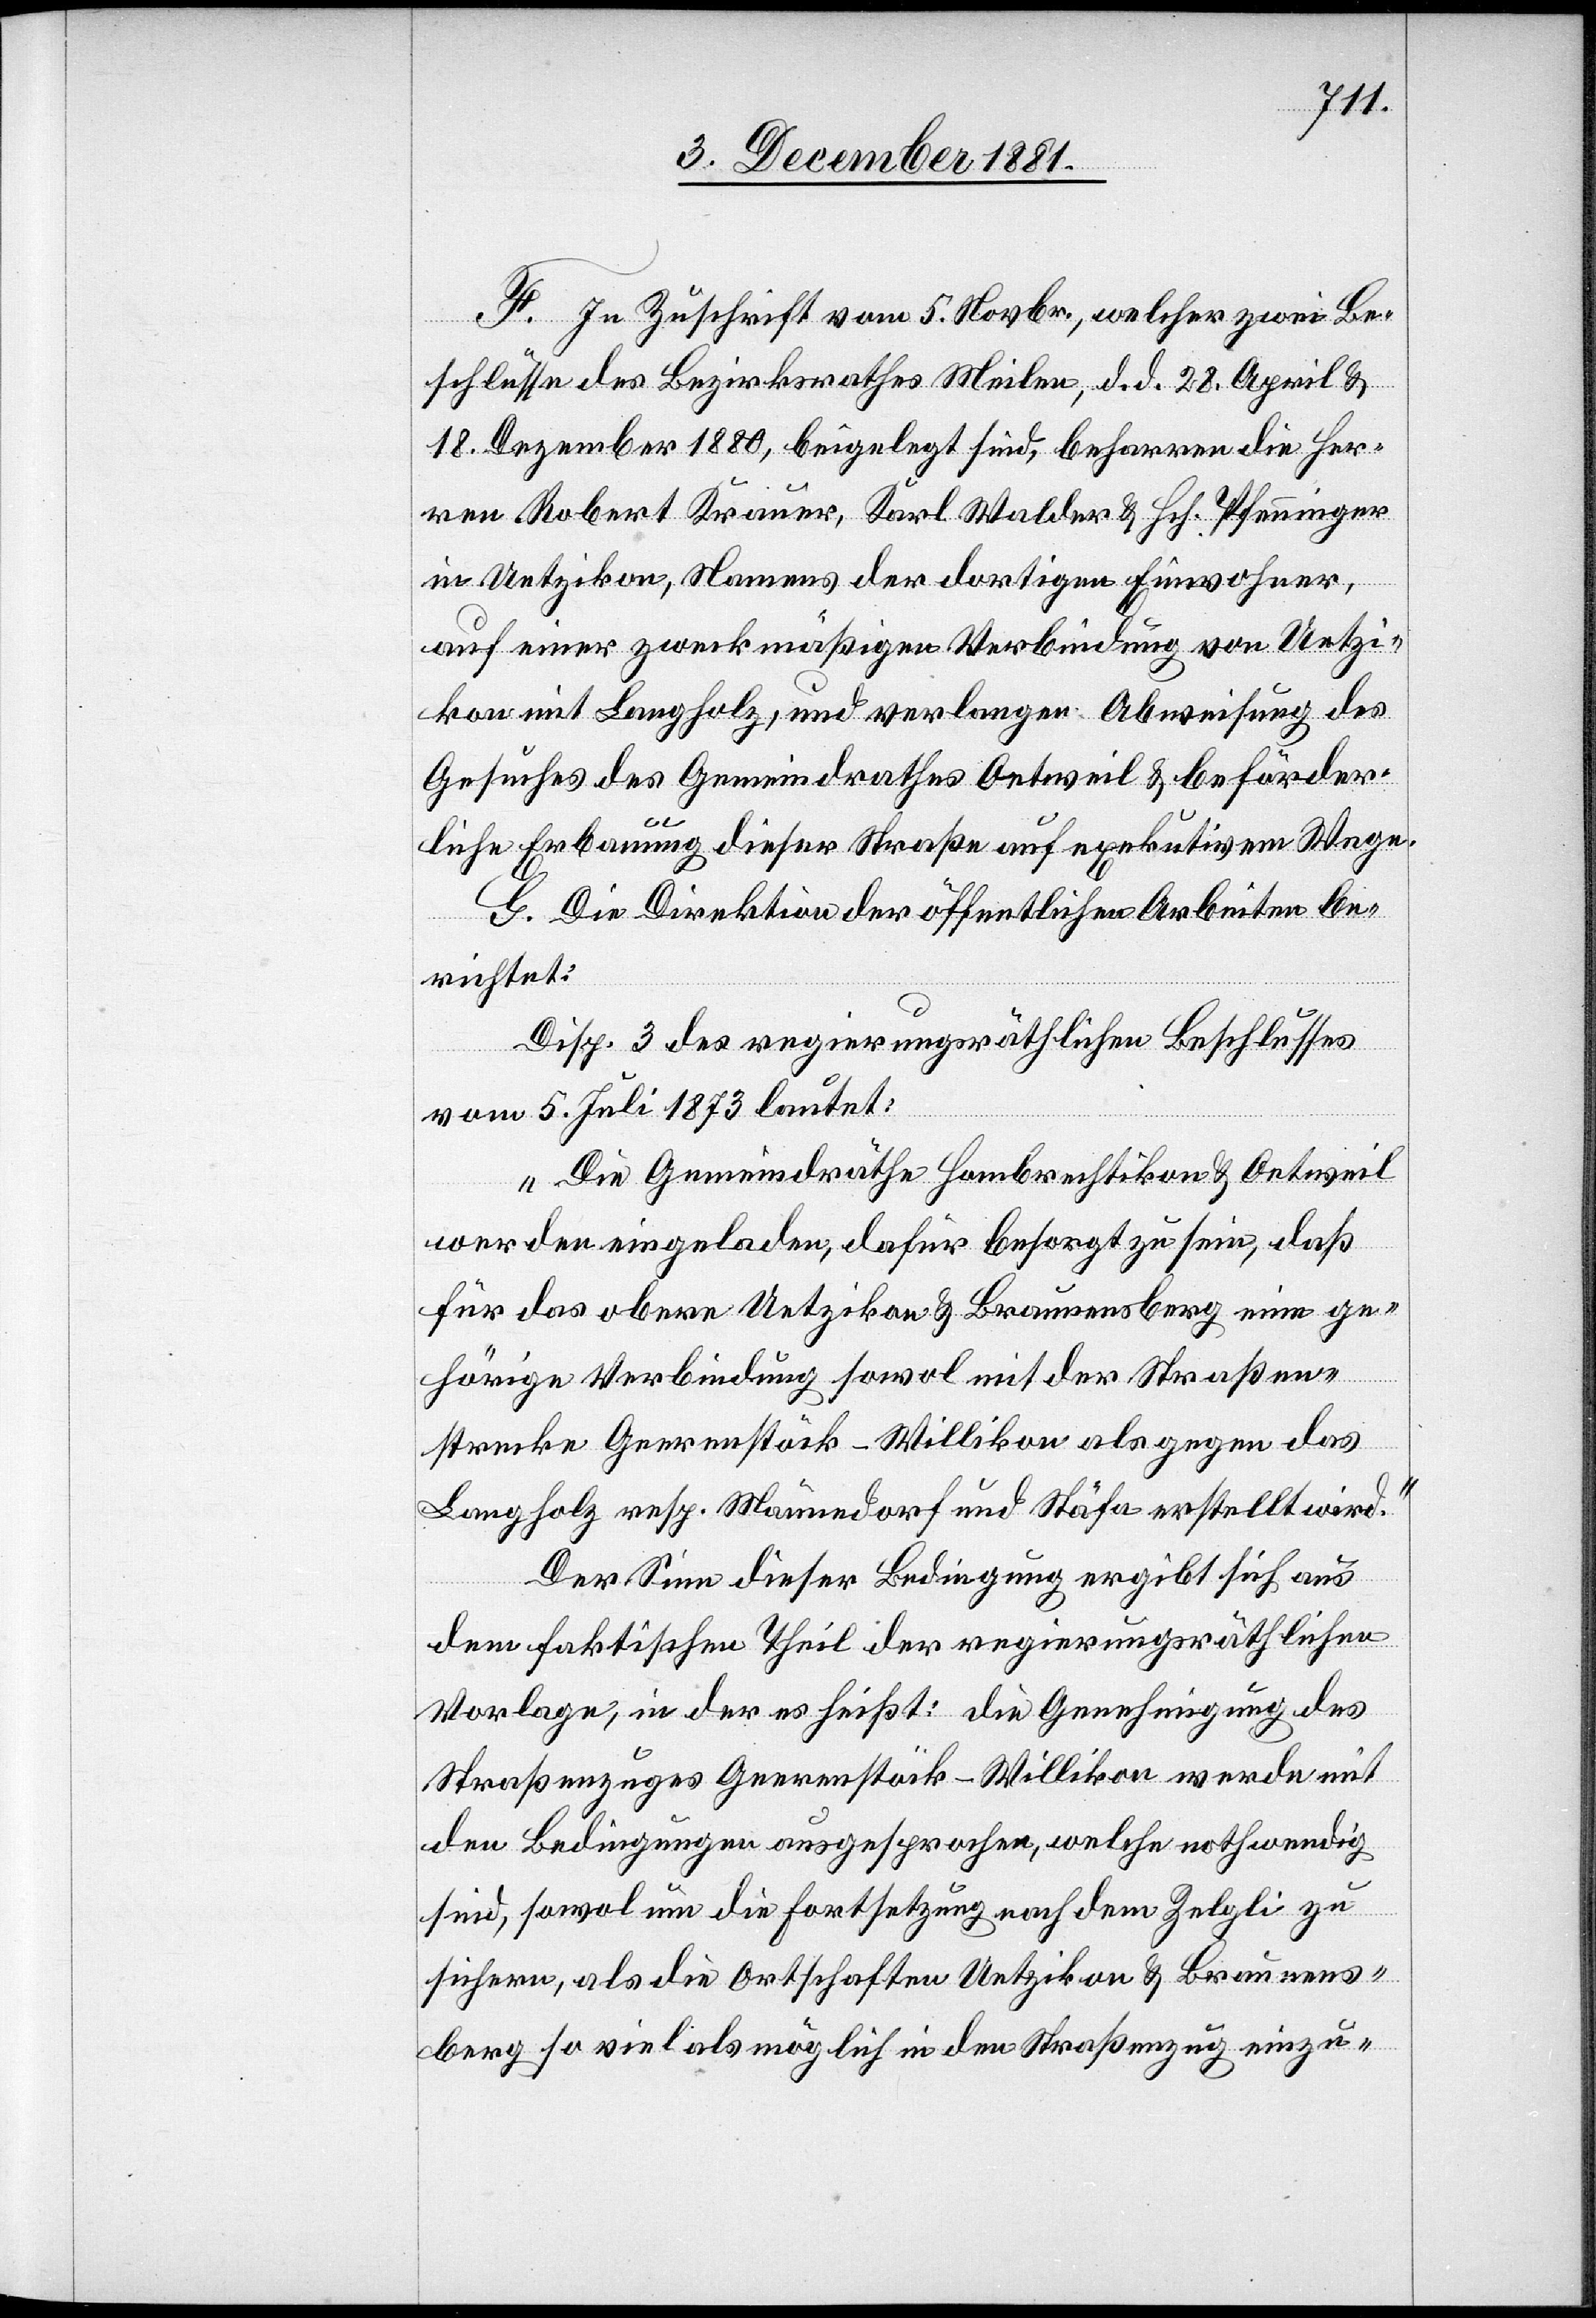
F. In Zuschrift vom 5. Novbr., welcher zwei Be¬
schlüsse des Bezirksrathes Meilen, d. d. 28. April &
18. Dezember 1880, beigelegt sind, beharren die Her¬
ren Robert Krauer, Karl Walder & Hch. Pfänninger
in Uetzikon, Namens der dortigen Einwohner,
auf einer zweckmäßigen Verbindung von Uetzi¬
kon mit Langholz, und verlangen Abweisung des
Gesuches des Gemeindrathes Oetweil & beförder¬
liche Erbauung dieser Straße auf exekutivem Wege.
G. Die Direktion der öffentlichen Arbeiten be¬
richtet.
Disp. 3 des regierungsräthlichen Beschlusses
vom 5. Juli 1873 lautet:
„Die Gemeindräthe Hombrechtikon & Oetweil
werden eingeladen, dafür besorgt zu sein, daß
für das obere Uetzikon & Braunensberg [sic!] e¬
ge¬
hörige Verbindung sowol mit der Straßen¬
strecke Geerenstöck–Willikon als gegen das
Langholz resp. Männedorf und Stäfa erstellt wird.“
Der Sinn dieser Bedingung ergibt sich aus
dem faktischen Theil der regierungsräthlichen
Vorlage, in der es heißt: Die Genehmigung des
Straßenzuges Geerenstöck–Willikon werde mit
den Bedingungen ausgesprochen, welche nothwendig
sind, sowol um die Fortsetzung nach dem Zelgli zu
sichern, als die Ortschaften Uetzikon & Braunens¬
berg so viel als möglich in den Straßenzug einzu-